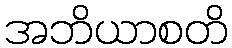
အဘိယာစတိ